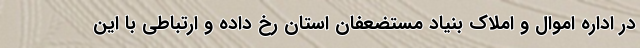
در اداره اموال و املاک بنیاد مستضعفان استان رخ داده و ارتباطی با این